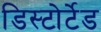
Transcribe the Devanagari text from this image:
डिस्टोर्टेड